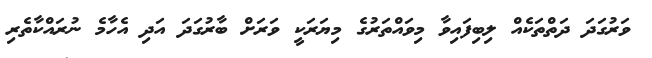
ވަރުގަދަ ދަތްތަކެއް ލިބިފައިވާ މިވައްތަރުގެ މިޔަރަކީ ވަރަށް ބާރުގަދަ އަދި އެހާމެ ނުރައްކާތެރި